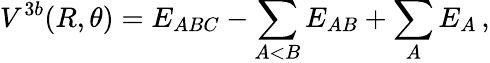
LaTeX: V^{3b}(R,\theta)=E_{ABC}-\sum_{A<B}E_{AB}+\sum_{A}E_{A}\, ,